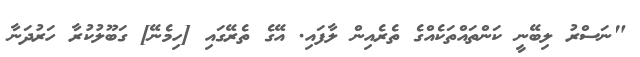
"ނަސްރު ލިބޭނީ ކަންތައްތަކެއްގެ ތެރެއިން ލާފައި. އޭގެ ތެރޭގައި [ހިމެނޭ] ގަބޫލުކުރާ ހަރުދަނާ